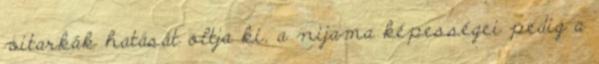
vitarkák hatását oltja ki, a nijama képességei pedig a